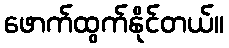
ဖောက်ထွက်နိုင်တယ်။